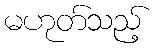
မဟုတ်သည့်